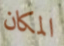
المكان